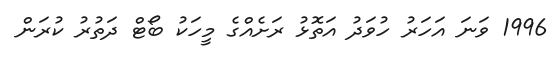
1996 ވަނަ އަހަރު ހުވަދު އަތޮޅު ރަށެއްގެ މީހަކު ބޯޓް ދަތުރު ކުރަން